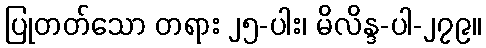
ပြုတတ်သော တရား ၂၅-ပါး၊ မိလိန္ဒ-ပါ-၂၇၉။